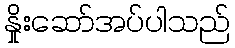
နှိုးဆော်အပ်ပါသည်